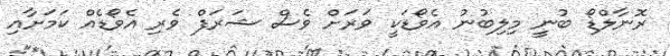
ރޮނާލްޑޯ ބުނީ މިލިބުނު އެވޯޑަކީ ވަރަށް ވެސް ޝަރަފް ވެރި އެވޯޑެއް ކަމަށާއި